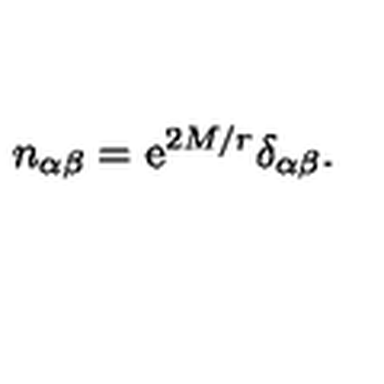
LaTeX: n _ { \alpha \beta } = \mathrm { e } ^ { 2 M / r } \delta _ { \alpha \beta } .